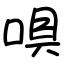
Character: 㖵